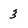
Character: 3